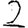
Digit: 2